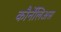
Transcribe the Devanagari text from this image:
कौर्नेलिअस